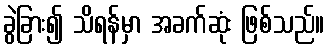
ခွဲခြား၍ သိရန်မှာ အခက်ဆုံး ဖြစ်သည်။